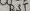
Text: RST